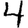
Digit: 4